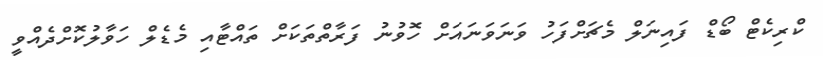
ކްރިކެޓް ބޯޑް ފައިނަލް މެޗަށްފަހު ވަނަވަނައަށް ހޮވުނު ފަރާތްތަކަށް ތައްޓާއި މެޑެލް ހަވާލުކޮށްދެއްވީ